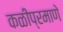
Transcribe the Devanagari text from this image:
कळीप्रमाणे